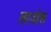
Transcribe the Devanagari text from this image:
लाजोस